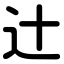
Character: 辻